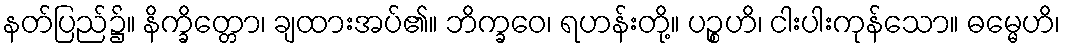
နတ်ပြည်၌။ နိက္ခိတ္တော၊ ချထားအပ်၏။ ဘိက္ခဝေ၊ ရဟန်းတို့။ ပဉ္စဟိ၊ ငါးပါးကုန်သော။ ဓမ္မေဟိ၊